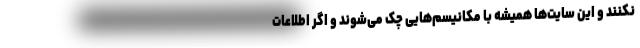
نکنند و این سایت‌ها همیشه با مکانیسم‌هایی چک می‌شوند و اگر اطلاعات